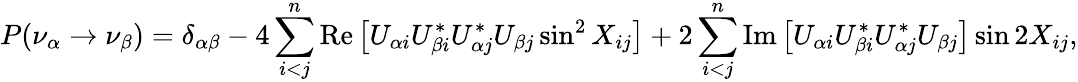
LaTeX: P(\nu_{\alpha}\rightarrow\nu_{\beta})=\delta_{\alpha\beta}-4\sum_{i<j}^{n}\mathrm{Re}\left[U_{\alpha i}U_{\beta i}^{*}U_{\alpha j}^{*}U_{\beta j}\sin^{2}X_{ij}\right]+2\sum_{i<j}^{n}\mathrm{Im}\left[U_{\alpha i}U_{\beta i}^{*}U_{\alpha j}^{*}U_{\beta j}\right]\sin 2X_{ij},